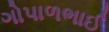
ગોપાળભાઈ